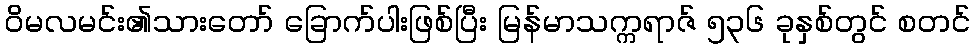
ဝိမလမင်း၏သားတော် ခြောက်ပါးဖြစ်ပြီး မြန်မာသက္ကရာဇ် ၅၃၆ ခုနှစ်တွင် စတင်